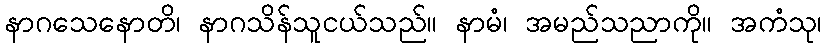
နာဂသေနောတိ၊ နာဂသိန်သူငယ်သည်။ နာမံ၊ အမည်သညာကို။ အကံသု၊